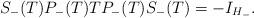
LaTeX: \begin{align*}S_-(T)P_-(T) TP_-(T)S_-(T)=-I_{H_-}.\end{align*}